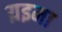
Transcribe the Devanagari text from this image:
य़इमा